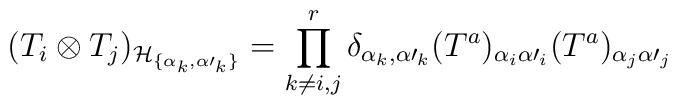
(T_i\otimes T_j)_{{\cal H}_{\{\alpha_k,{\alpha\prime}_k\}}}=\prod^r_{k\ne i,j}\delta_{\alpha_k,{\alpha\prime}_k}(T^a)_{\alpha_i{\alpha\prime}_i}(T^a)_{\alpha_j{\alpha\prime}_j}